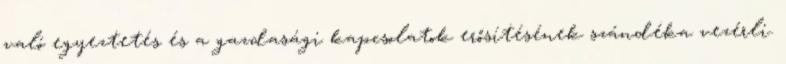
való egyeztetés és a gazdasági kapcsolatok erősítésének szándéka vezérli.